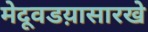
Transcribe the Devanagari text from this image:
मेदूवडय़ासारखे